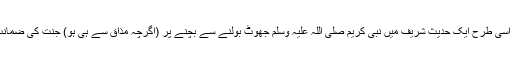
حدیث ۵: اسی طرح ایک حدیث شریف میں نبی کریم صلی اللہ علیہ وسلم جھوٹ بولنے سے بچنے پر (اگرچہ مذاق سے ہی ہو) جنت کی ضمانت لی ہے۔